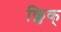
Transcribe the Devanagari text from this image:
क्लिक्